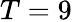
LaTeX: T=9